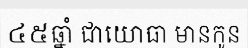
៤៥ឆ្នាំ ជាយោធា មានកូន